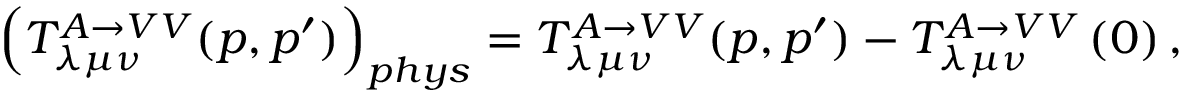
\left( T _ { \lambda \mu \nu } ^ { A \rightarrow V V } ( p , p ^ { \prime } ) \right) _ { p h y s } = T _ { \lambda \mu \nu } ^ { A \rightarrow V V } ( p , p ^ { \prime } ) - T _ { \lambda \mu \nu } ^ { A \rightarrow V V } \left( 0 \right) ,